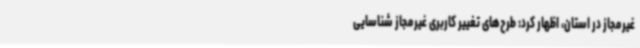
غیرمجاز در استان، اظهار کرد: طرح‌های تغییر کاربری غیرمجاز شناسایی